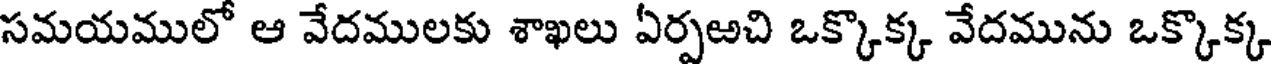
సమయములో ఆ వేదములకు శాఖలు ఏర్పఱచి ఒక్కొక్క వేదమును ఒక్కొక్క